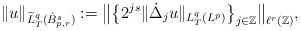
LaTeX: \begin{align*} \|u\|_{\widetilde{L}^q_T(\dot{B}^s_{p,r})} := \big{\Vert} \big\{2^{js}\Vert{\dot{\Delta}_ju} \Vert_{L^q_T(L^p)}\big\}_{j\in\mathbb{Z}}\big{\Vert}_{\ell^r(\mathbb{Z})},\end{align*}